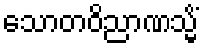
သောတဝိညာဏသ္မိံ